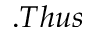
. T h u s